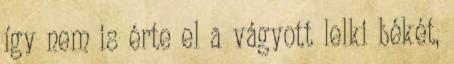
így nem is érte el a vágyott lelki békét,